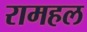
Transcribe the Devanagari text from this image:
रामहल